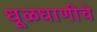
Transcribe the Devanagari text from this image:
धूळधाणीचे